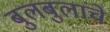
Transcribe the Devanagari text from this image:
बुलबुलांचे